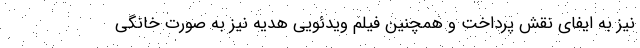
نیز به ایفای نقش پرداخت و همچنین فیلم ویدئویی هدیه نیز به صورت خانگی